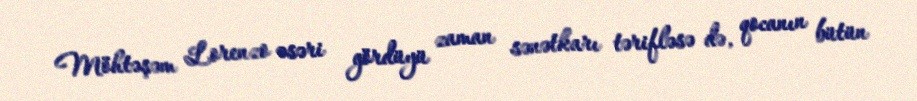
Möhtəşəm Lorenzo əsəri gördüyü zaman sənətkarı tərifləsə də, qocanın bütün